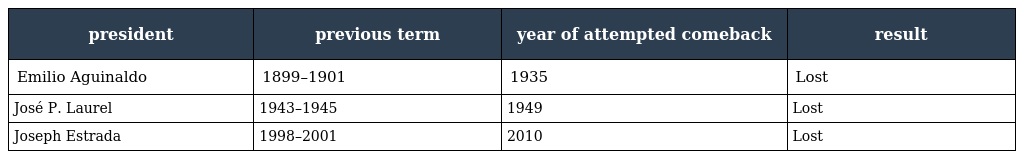
| president | previous term | year of attempted comeback | result |
 | --- | --- | --- | --- |
 | Emilio Aguinaldo | 1899–1901 | 1935 | Lost |
 | José P. Laurel | 1943–1945 | 1949 | Lost |
 | Joseph Estrada | 1998–2001 | 2010 | Lost |